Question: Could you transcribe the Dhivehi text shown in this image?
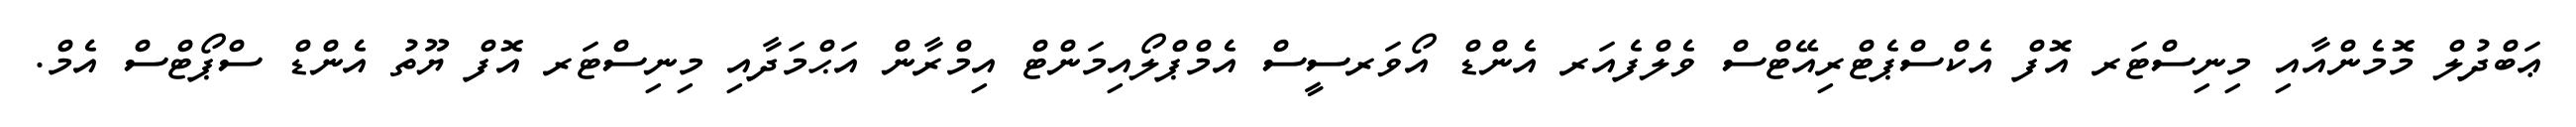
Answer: ޢަބްދުލް މޮމެންއާއި މިނިސްޓަރ އޮފް އެކްސްޕެޓްރިއޭޓްސް ވެލްފެއަރ އެންޑް އޯވަރސީސް އެމްޕްލޯއިމަންޓް އިމްރާން އަޙްމަދާއި މިނިސްޓަރ އޮފް ޔޫތު އެންޑް ސްޕޯޓްސް އެމް.